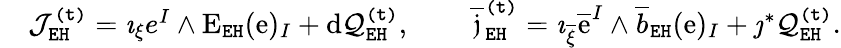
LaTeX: \begin{array}{rlrl}&{\mathcal{J}_{\mathtt{EH}}^{\mathtt{(t)}}=\imath_{\xi}e^{I}\wedge\mathrm{E}_{\mathtt{EH}}(\mathrm{e})_{I}+\mathrm{d}\mathcal{Q}_{\mathtt{EH}}^{\mathtt{(t)}},}&&{\ \overline{{\mathfrak{j}}}_{\mathtt{EH}}^{\mathtt{(t)}}=\imath_{\overline{{\xi}}}\overline{{\mathrm{e}}}^{I}\wedge\overline{{b}}_{\mathtt{EH}}(\mathrm{e})_{I}+\jmath^{*}\mathcal{Q}_{\mathtt{EH}}^{\mathtt{(t)}}.}\end{array}